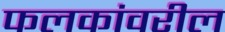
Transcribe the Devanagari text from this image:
फलकांवरील